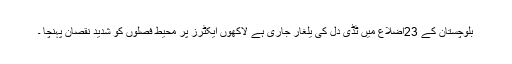
بلوچستان کے 23اضلاع میں ٹڈی دل کی یلغار جاری ہے لاکھوں ایکٹرز پر محیط فصلوں کو شدید نقصان پہنچا ۔